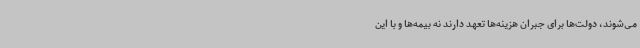
می‌شوند، دولت‌ها برای جبران هزینه‌ها تعهد دارند نه بیمه‌ها و با این